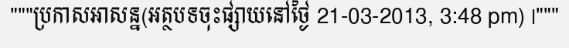
"""ប្រកាសអាសន្ន(អត្ថបទចុះផ្សាយនៅថ្ងៃ 21-03-2013, 3:48 pm) |"""